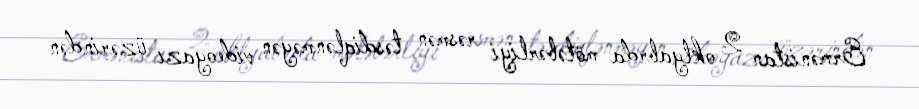
Ermənistan 2 oktyabrda mötəbərliyi rəsmən təsdiqlənməyən videoyazı üzərindən